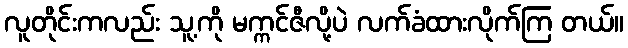
လူတိုင်းကလည်း သူ့ကို မက္ကင်ဇီလို့ပဲ လက်ခံထားလိုက်ကြ တယ်။